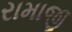
રામાજી